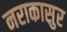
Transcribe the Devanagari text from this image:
नराकासुर